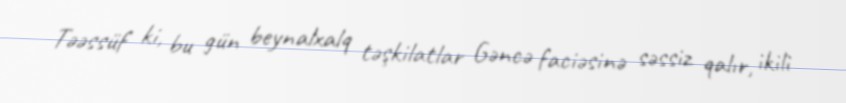
Təəssüf ki, bu gün beynalxalq təşkilatlar Gəncə faciəsinə səssiz qalır, ikili